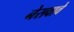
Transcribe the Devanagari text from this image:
नेसवावे